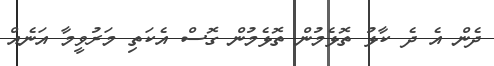
ދެން އެ ދެ ކާޅު ތޮޅެމުން ތޮޅެމުން ގޮސް އެކަތި މަރުވީމާ އަނެއް